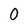
Character: 0